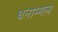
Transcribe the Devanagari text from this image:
धनाम्मल